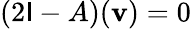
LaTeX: (2\mathsf{I}-A)(\mathbf{{v}})=0